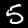
Label: 5